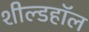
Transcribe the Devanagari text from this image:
शील्डहॉल